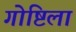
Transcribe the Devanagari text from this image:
गोष्टिला